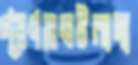
প্রণয়ঘটনাদা